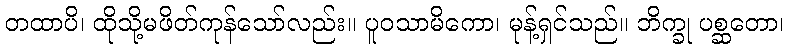
တထာပိ၊ ထိုသို့မဖိတ်ကုန်သော်လည်း။ ပူဝသာမိကော၊ မုန့်ရှင်သည်။ ဘိက္ခု ပစ္ဆတော၊